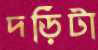
দড়িটা